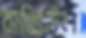
রাব্বিউল